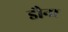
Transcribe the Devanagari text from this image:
डौना